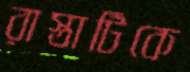
রাস্তাটিকে